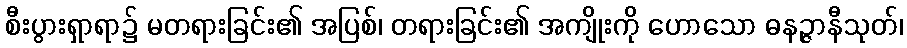
စီးပွားရှာရာ၌ မတရားခြင်း၏ အပြစ်၊ တရားခြင်း၏ အကျိုးကို ဟောသော ဓနဉ္ဇာနီသုတ်၊